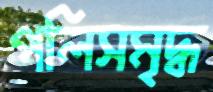
পলিসমৃদ্ধ